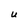
Character: U